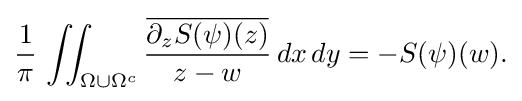
\displaystyle {{1 \over \pi }\,\iint _{\Omega \cup \Omega ^{c}}{{\overline {\partial _{z}S(\psi )(z)}} \over z-w}\,dx\,dy=-S(\psi )(w).}